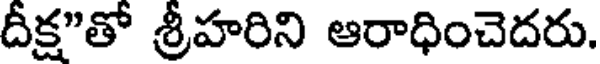
దీక్ష"తో శ్రీహరిని ఆరాధించెదరు.